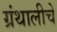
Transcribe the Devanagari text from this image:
ग्रंथालीचे